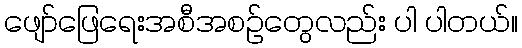
ဖျော်ဖြေရေးအစီအစဉ်တွေလည်း ပါ ပါတယ်။